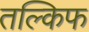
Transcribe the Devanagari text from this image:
तल्किफ